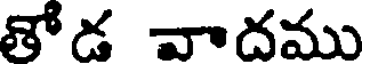
తోడ వాదము